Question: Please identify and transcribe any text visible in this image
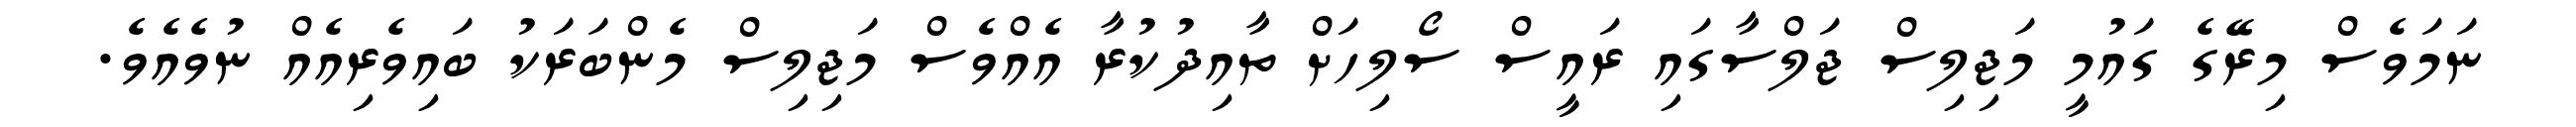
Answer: ނަމަވެސް މިރޭގެ ގައުމީ މަޖިލިސް ޖަލްސާގައި ރައީސް ސޯލިހަށް ތާއިދުކުރާ އެއްވެސް މަޖިލިސް މެންބަރަކު ބައިވެރިއެއް ނުވެއެވެ.